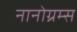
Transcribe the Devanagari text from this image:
नानोग्रम्स